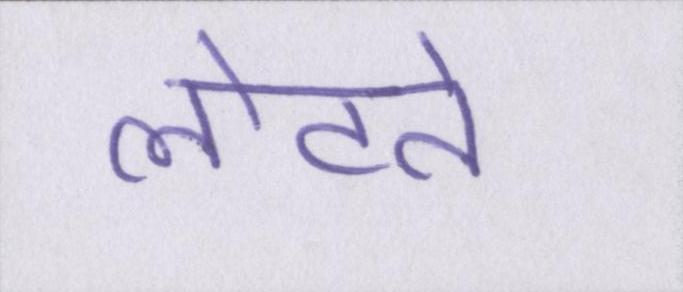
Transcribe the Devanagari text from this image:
लौटते